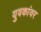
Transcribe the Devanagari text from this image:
युवकांवर